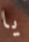
يا